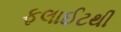
ફલાઈટથી